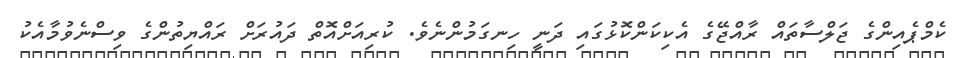
ކެމްޕެއިންގެ ޖަލްސާތައް ރާއްޖޭގެ އެކިކަންކޮޅުގައި ދަނީ ހިނގަމުންނެވެ. ކުރިއަށްއޮތް ދައުރަށް ރައްޔިތުންގެ ވިސްނެވުމާއެކު